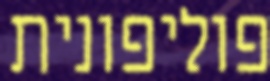
פוליפונית